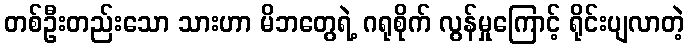
တစ်ဦးတည်းသော သားဟာ မိဘတွေရဲ့ ဂရုစိုက် လွန်မှုကြောင့် ရိုင်းပျလာတဲ့